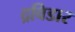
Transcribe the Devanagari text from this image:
द्रविडार